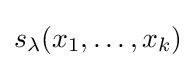
s_{\lambda }(x_{1},\ldots ,x_{k})